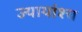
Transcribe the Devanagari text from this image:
ज्यायांश्च